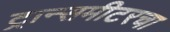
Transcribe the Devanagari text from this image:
ट्रान्समीटरचा